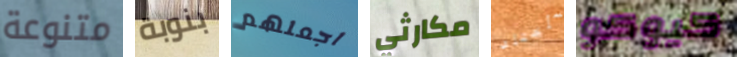
متنوعة بنوبة اجعلهم مكارثي سأختار كيوكو